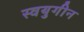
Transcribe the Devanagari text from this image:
स्वयुगीन